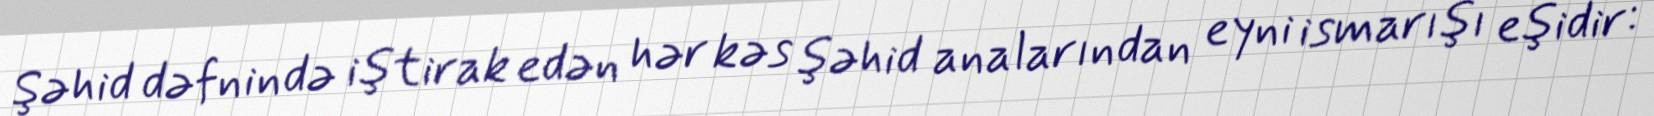
Şəhid dəfnində iştirak edən hər kəs şəhid analarından eyni ismarışı eşidir: